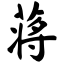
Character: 蒋